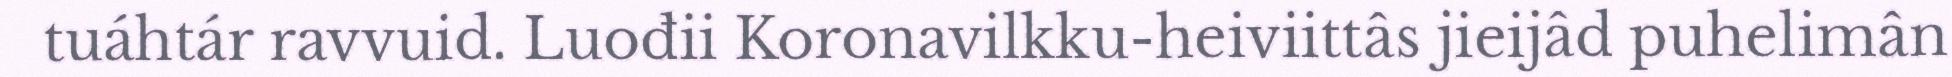
tuáhtár ravvuid. Luođii Koronavilkku-heiviittâs jieijâd puhelimân